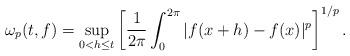
LaTeX: \begin{align*}\omega_p(t,f) = \sup_{0 < h \le t} \left[ \frac{1}{2\pi} \int_0^{2\pi} |f(x+h) - f(x)|^p \right]^{1/p}.\end{align*}